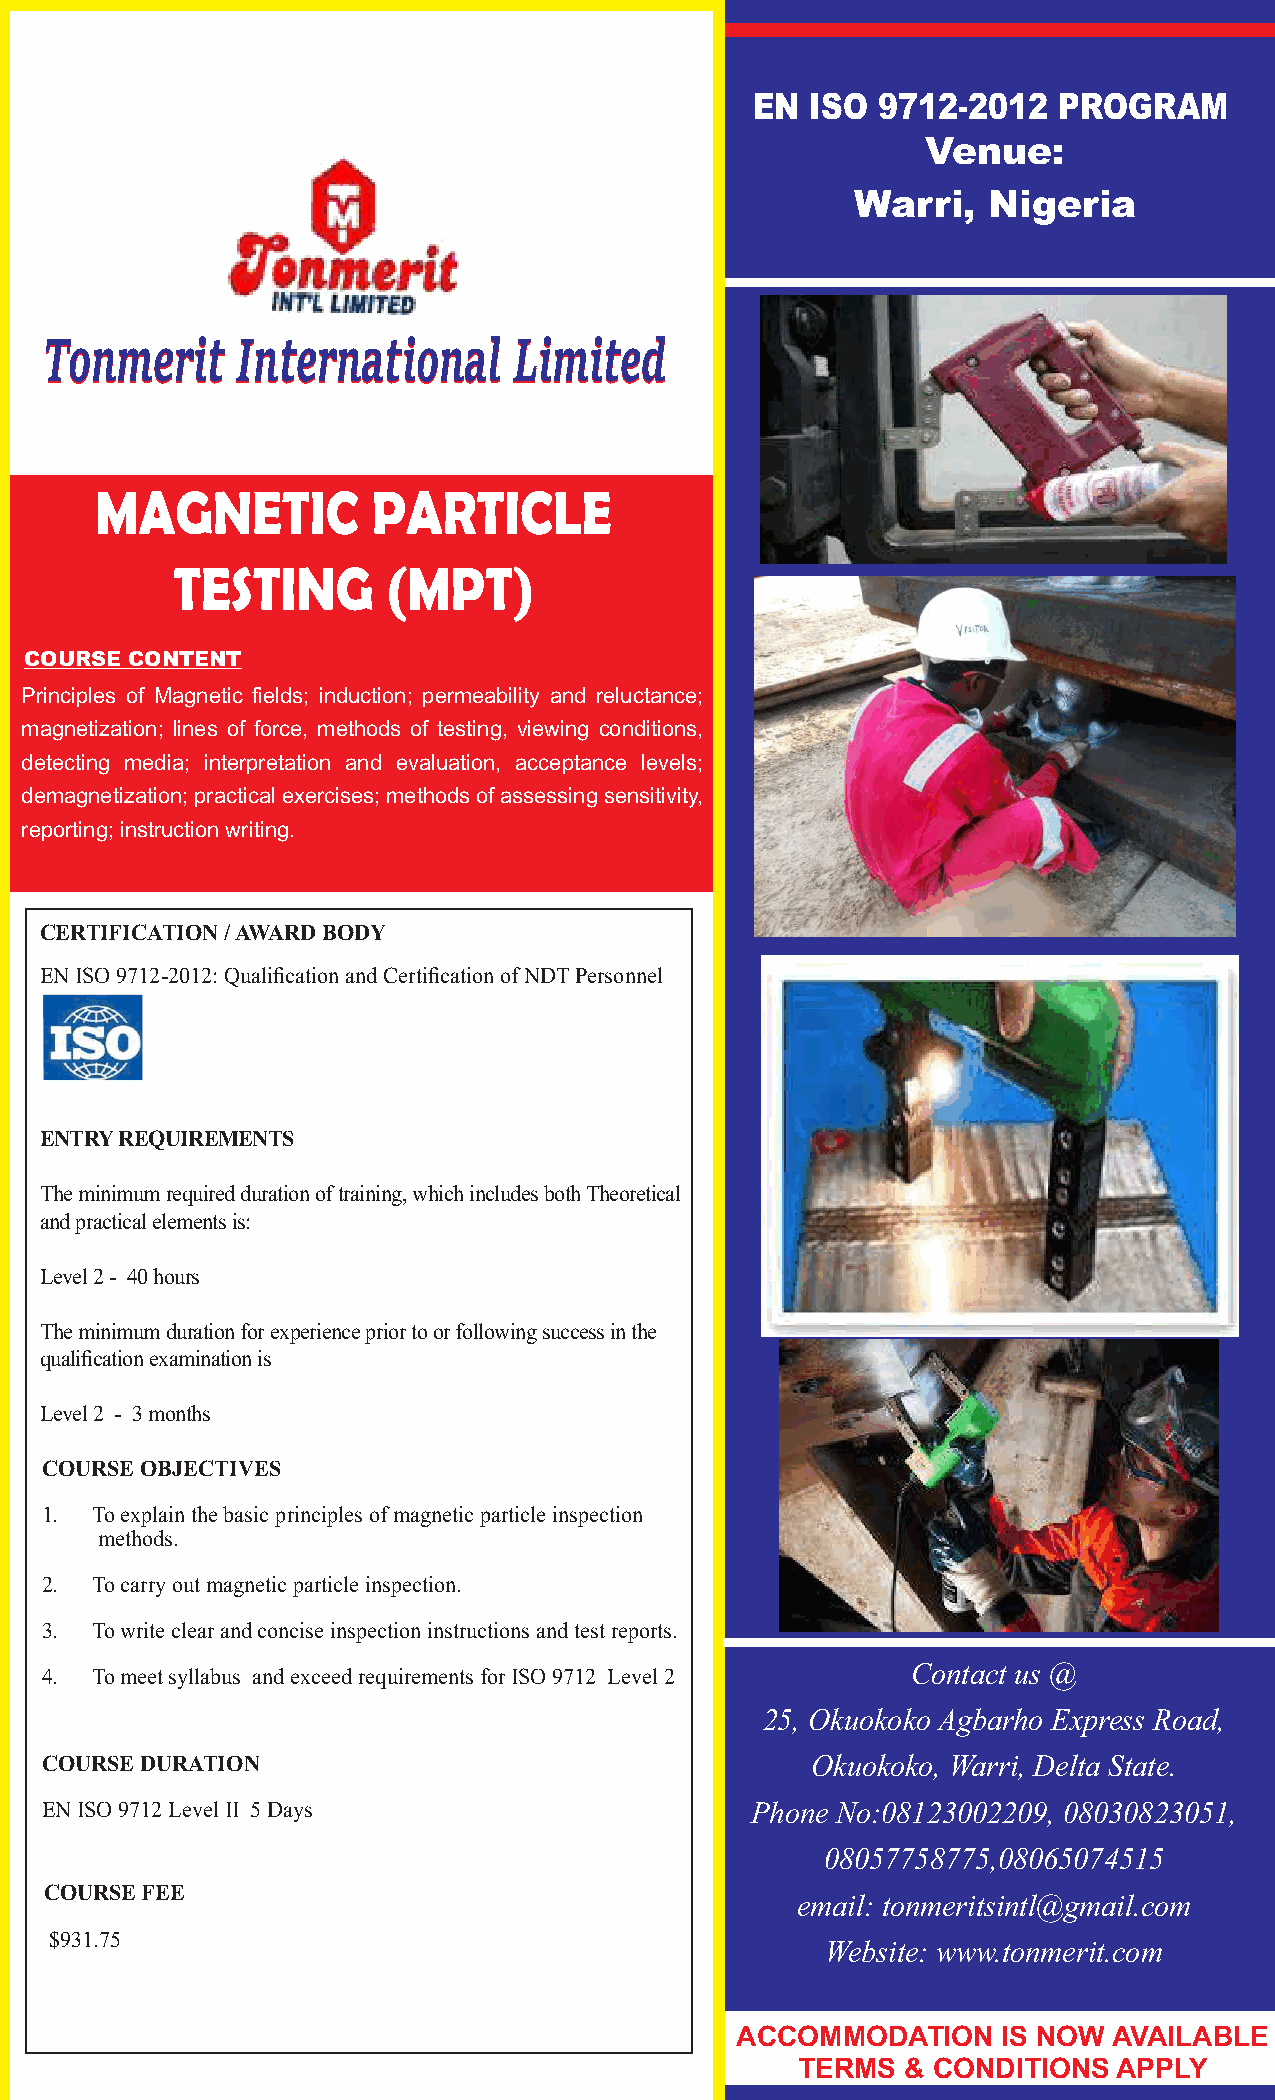
EN  ISO 9712-2012   PROGRAM
 Venue:
 Warri,  Nigeria
 TToonnmmeerriitt IInntteerrnnaattiioonnaall LLiimmiitteedd
 MAGNETIC           PARTICLE
 TESTING        (MPT)
 COURSE CONTENT
 Principles of Magnetic fields; induction; permeability and reluctance;
 magnetization; lines of force, methods of testing, viewing conditions,
 detecting media; interpretation and evaluation, acceptance levels;
 demagnetization; practical exercises; methods of assessing sensitivity,
 reporting; instruction writing.
 CERTIFICATION / AWARD BODY
 EN ISO 9712-2012: Qualification and Certification of NDT Personnel
 ENTRY REQUIREMENTS
 The minimum required duration of training, which includes both Theoretical
 and practical elements is:
 Level 2 - 40 hours
 The minimum duration for experience prior to or following success in the
 qualification examination is
 Level 2 - 3 months
 COURSE OBJECTIVES
 1. To explain the basic principles of magnetic particle inspection
 methods.
 2. To carry out magnetic particle inspection.
 3. To write clear and concise inspection instructions and test reports.
 Contact us @
 4. To meet syllabus and exceed requirements for ISO 9712 Level 2
 25, Okuokoko Agbarho Express Road,
 COURSE DURATION                                    Okuokoko, Warri, Delta State.
 EN ISO 9712 Level II 5 Days                    Phone No:08123002209, 08030823051,
 08057758775,08065074515
 COURSE FEE
 email: tonmeritsintl@gmail.com
 $931.75
 Website: www.tonmerit.com
 ACCOMMODATION    IS NOW  AVAILABLE
 TERMS  & CONDITIONS  APPLY